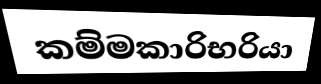
කම්මකාරිභරියා